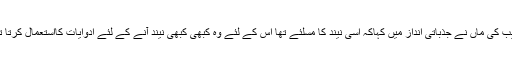
نجیب کی ماں نے جذباتی انداز میں کہاکہ اسی نیند کا مسلئے تھا اس کے لئے وہ کبھی کبھی نیند آنے کے لئے ادوایات کااستعمال کرتا تھا۔